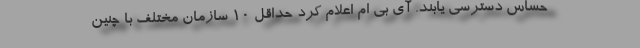
حساس دسترسی یابند. آی بی ام اعلام کرد حداقل ١٠ سازمان مختلف با چنین